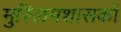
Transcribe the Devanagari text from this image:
मुस्लिमशासकों